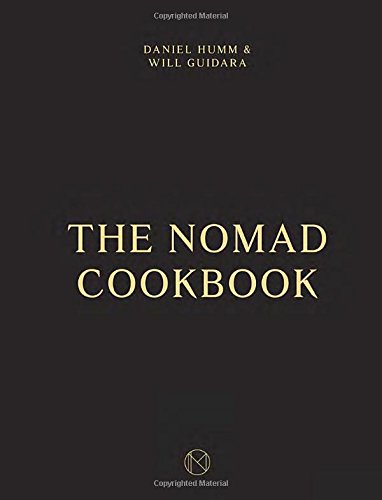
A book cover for The NoMad Cookbook; Daniel Humm; Cookbooks, Food & Wine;